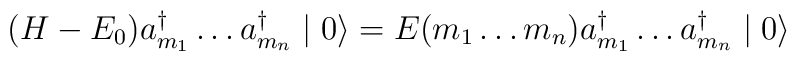
(H-E_{0}) a^{\dagger}_{m_{1}} \ldots a^{\dagger}_{m_{n}}\mid 0 \rangle = E(m_{1} \ldots m_{n}) a^{\dagger}_{m_{1}} \ldots a^{\dagger}_{m_{n}}\mid 0 \rangle